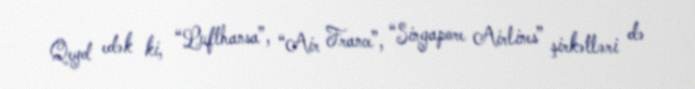
Qeyd edək ki, “Lufthansa”, “Air France”, “Singapore Airlines” şirkətləri də